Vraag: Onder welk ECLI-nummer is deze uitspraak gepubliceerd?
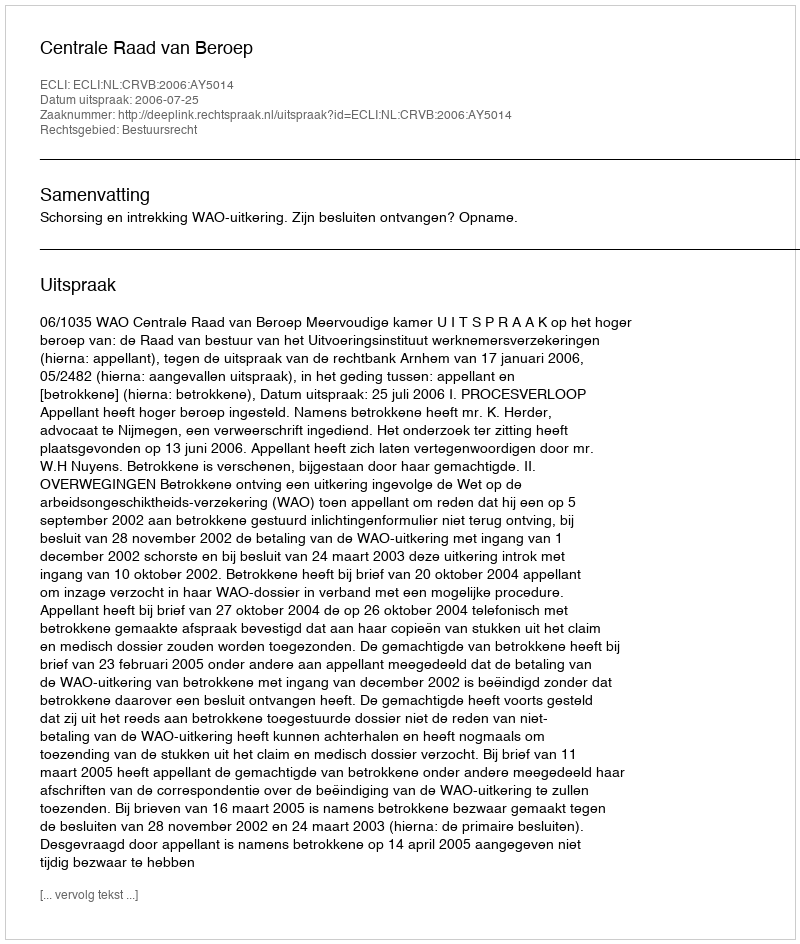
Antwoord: ECLI:NL:CRVB:2006:AY5014